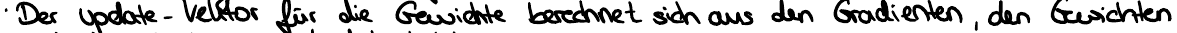
Der Update - Vektor für die Gewichte berechnet sich aus den Gradienten, den Gewichten